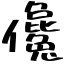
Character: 儳